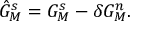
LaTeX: \hat { G } _ { M } ^ { s } = G _ { M } ^ { s } - \delta G _ { M } ^ { n } .